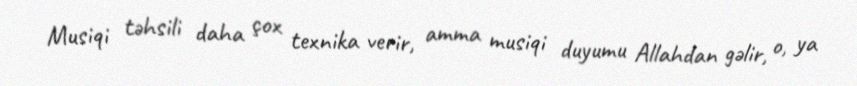
Musiqi təhsili daha çox texnika verir, amma musiqi duyumu Allahdan gəlir, o, ya